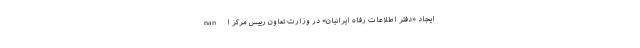
nan ایجاد «دفتر اطلاعات رفاه ایرانیان» در وزارت تعاون رییس مرکز ا